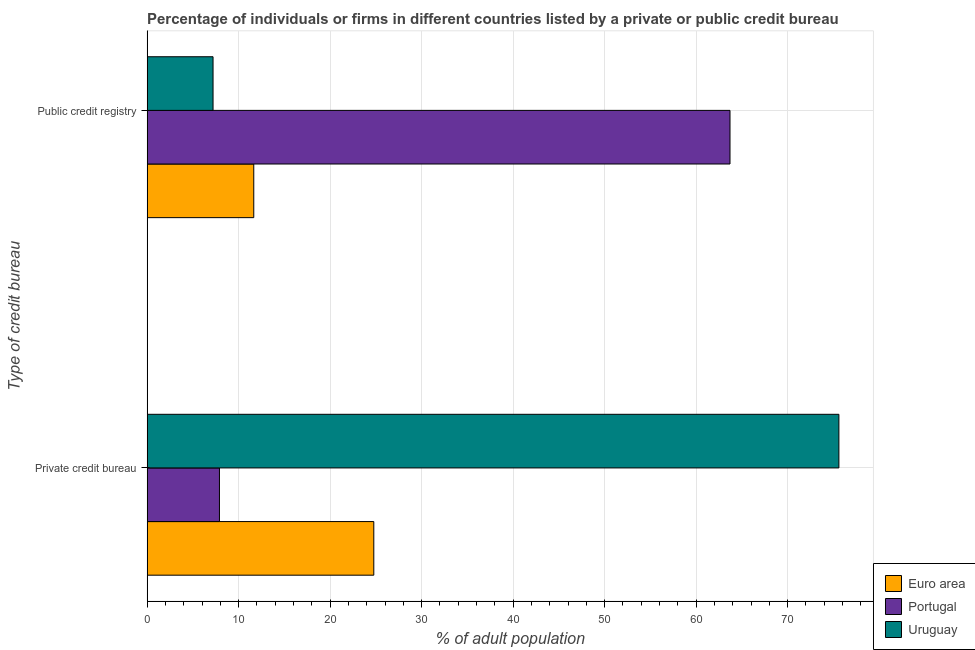
| Type of credit bureau | Euro area | Portugal | Uruguay |
 | --- | --- | --- | --- |
 | Private credit bureau | 24.8 | 7.9 | 75.6 |
 | Public credit registry | 11.7 | 63.7 | 7.2 |